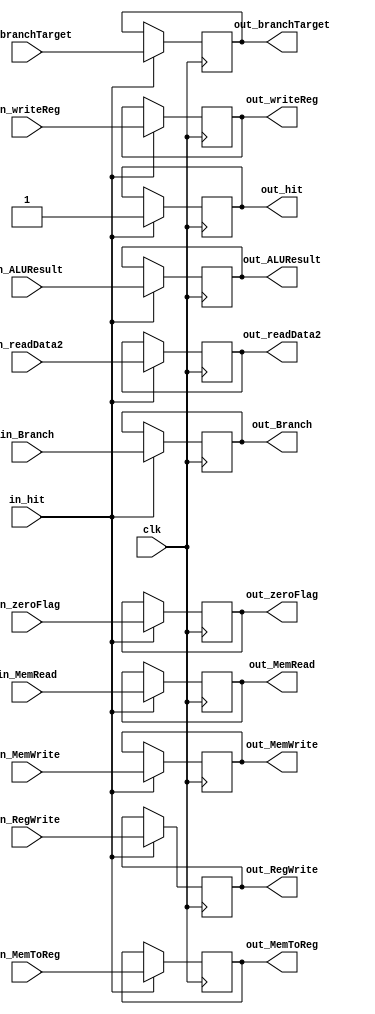
`timescale 1ns / 1ps
module reg_EXMEM (
	input				clk,

	input				in_hit,
	input		[31:0]	in_branchTarget,
	input				in_zeroFlag,
	input		[31:0]	in_ALUResult,
	input		[31:0]	in_readData2,
	input		[4:0]	in_writeReg,
	input				in_MemRead,
	input				in_MemWrite,
	input				in_Branch,
	input				in_RegWrite,
	input				in_MemToReg,
	
	output reg			out_hit,
	output reg	[31:0]	out_branchTarget,
	output reg			out_zeroFlag,
	output reg	[31:0]	out_ALUResult,
	output reg	[31:0]	out_readData2,
	output reg	[4:0]	out_writeReg,
	output reg			out_MemRead,
	output reg			out_MemWrite,
	output reg			out_Branch,
	output reg			out_RegWrite,
	output reg			out_MemToReg
);

	always @(negedge clk) 
		if (in_hit)
			{ out_hit,	out_branchTarget,	out_zeroFlag,	out_ALUResult,	out_readData2,	out_writeReg,	out_MemRead,	out_MemWrite,	out_Branch,	out_RegWrite,	out_MemToReg } =
			{ in_hit,	in_branchTarget,	in_zeroFlag,	in_ALUResult,	in_readData2,	in_writeReg,	in_MemRead,		in_MemWrite,	in_Branch,	in_RegWrite,	in_MemToReg };
	
	initial
		{ out_hit,	out_branchTarget,	out_zeroFlag,	out_ALUResult,	out_readData2,	out_writeReg,	out_MemRead,	out_MemWrite,	out_Branch,	out_RegWrite,	out_MemToReg } = 0;
		
endmodule